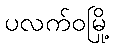
ပလက်ဝမြို့